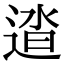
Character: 𨓬